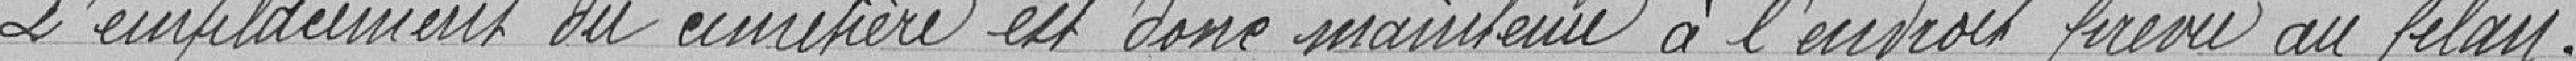
L'emplacement du cimetière est donc maintenu à l'endroit prévu au plan .